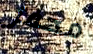
محفز